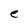
Character: e